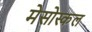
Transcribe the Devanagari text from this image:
मेसोस्कल